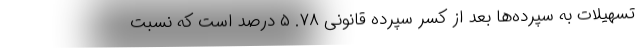
تسهیلات به سپرده‌ها بعد از کسر سپرده قانونی ۷۸. ۵ درصد است که نسبت